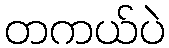
တကယ်ပဲ